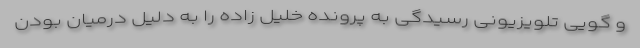
و گویی تلویزیونی رسیدگی به پرونده خلیل زاده را به دلیل درمیان بودن